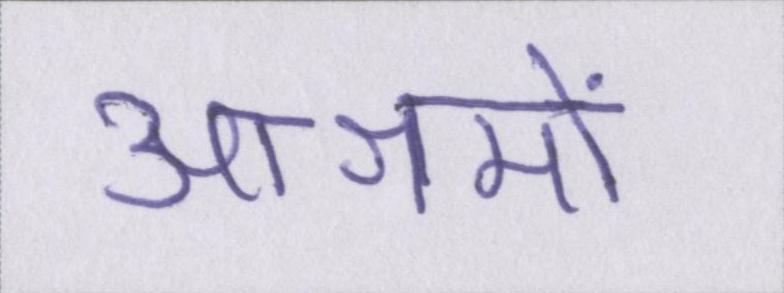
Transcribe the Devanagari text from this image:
आश्रमों